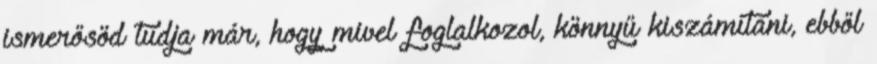
ismerősöd tudja már, hogy mivel foglalkozol, könnyű kiszámítani, ebből